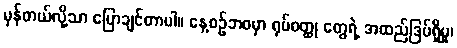
မှန်တယ်လို့သာ ပြောချင်တာပါ။ နေ့စဉ်ဘဝမှာ ရုပ်ဝတ္ထု တွေရဲ့ အထည်ဒြပ်ရှိမှု၊